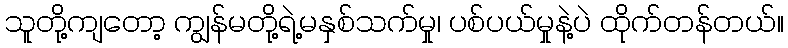
သူတို့ကျတော့ ကျွန်မတို့ရဲ့မနှစ်သက်မှု၊ ပစ်ပယ်မှုနဲ့ပဲ ထိုက်တန်တယ်။